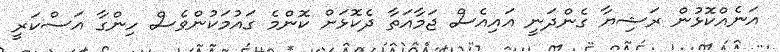
އަނެއްކޮޅުން ރަޝިޔާ ގެންދަނީ އައިއެސް ޖަމާއަތާ ދެކޮޅަށް ކޮންމެ ގައުމަކުންވެސް ހިންގާ އަސްކަރީ